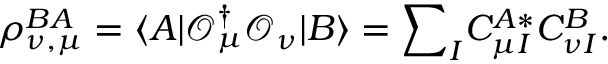
\rho _ { \nu , \mu } ^ { B A } = \langle A | \mathcal { O } _ { \mu } ^ { \dagger } \mathcal { O } _ { \nu } | B \rangle = { \sum } _ { I } C _ { \mu I } ^ { A \ast } C _ { \nu I } ^ { B } .